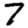
Digit: 7